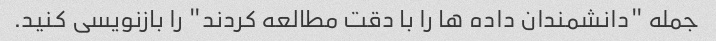
جمله "دانشمندان داده ها را با دقت مطالعه کردند" را بازنویسی کنید.